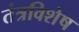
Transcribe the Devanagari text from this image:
तंत्रविशेष